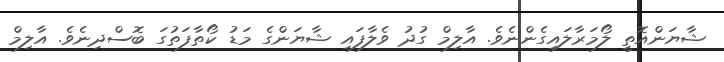
ޝާޔަންއޮތީ ލޯމަރާލައިގެންނެވެ. އާލިމް ގުދު ވެލާފައި ޝާޔަންގެ މަޑު ކޯތާފަތުގަ ބޮސްދިނެވެ. އާލިމް